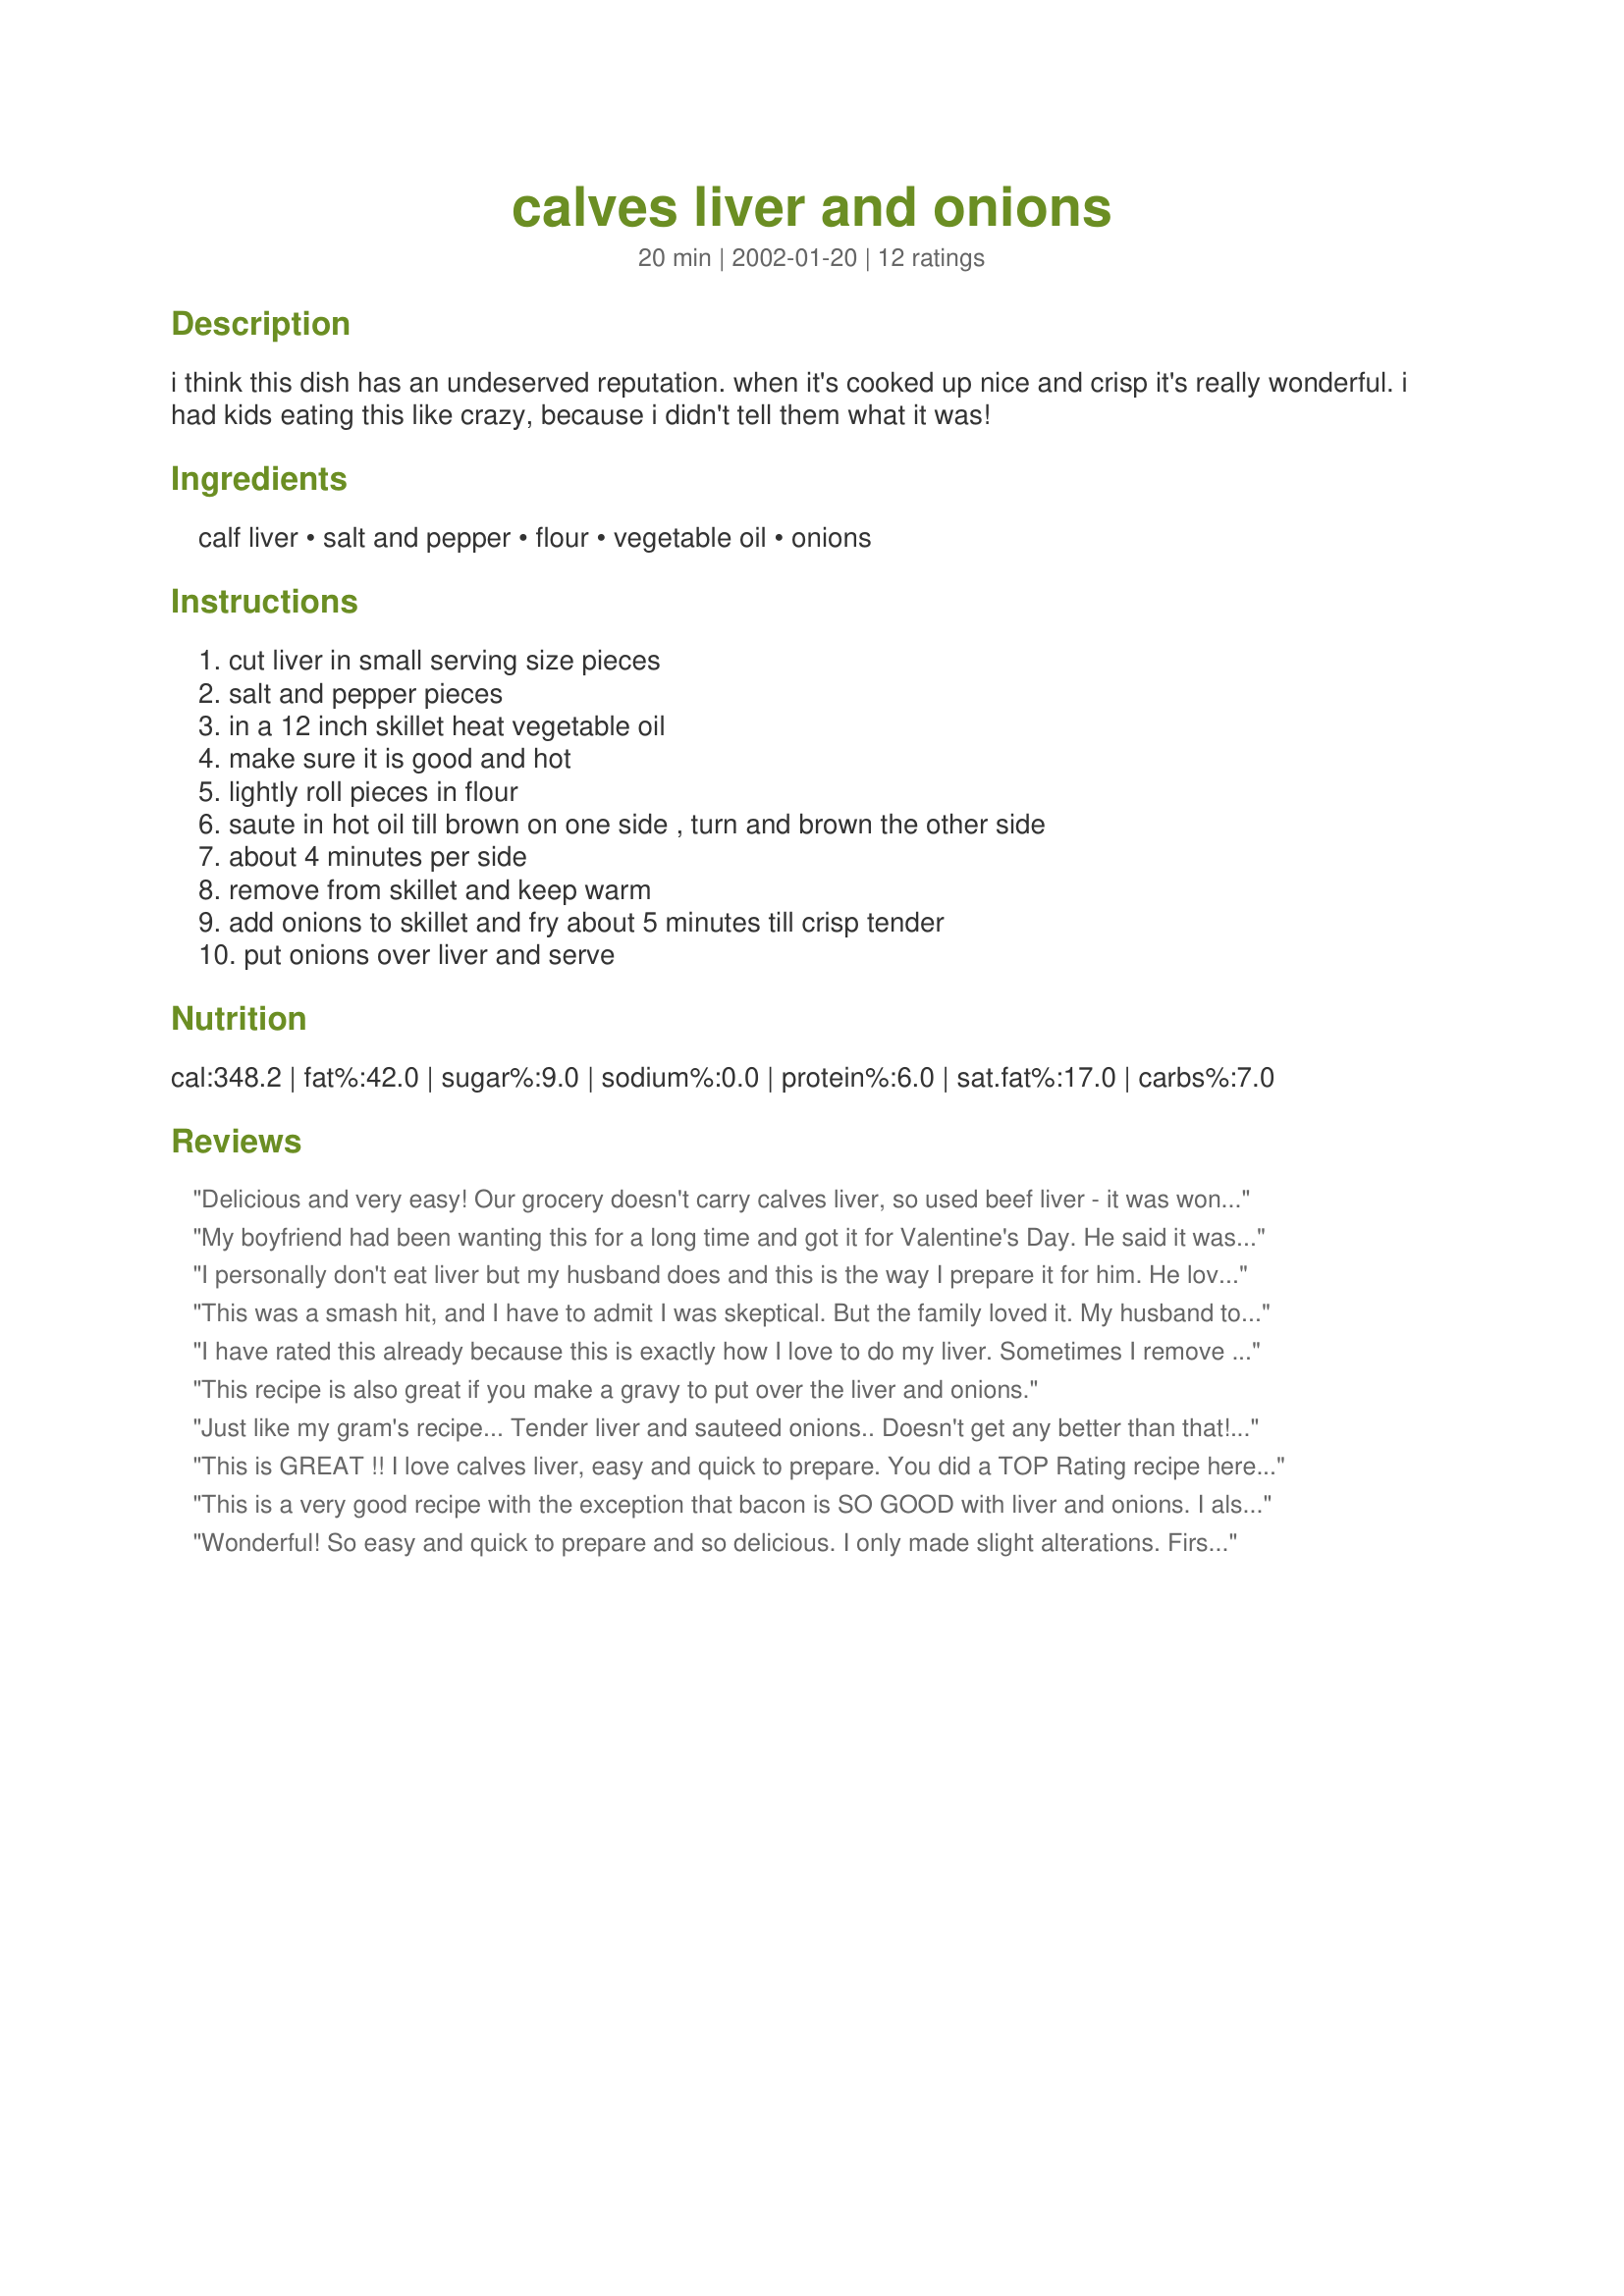
calves liver and onions
Preparation time: 20 minutes

i think this dish has an undeserved reputation. when it's cooked up nice and crisp it's really wonderful. i had kids eating this like crazy, because i didn't tell them what it was!

Ingredients:
calf liver, salt and pepper, flour, vegetable oil, onions

Steps:
cut liver in small serving size pieces, salt and pepper pieces, in a 12 inch skillet heat vegetable oil, make sure it is good and hot, lightly roll pieces in flour, saute in hot oil till brown on one side , turn and brown the other side, about 4 minutes per side, remove from skillet and keep warm, add onions to skillet and fry about 5 minutes till crisp tender, put onions over liver and serve

Reviews:
Delicious and very easy! Our grocery doesn't carry calves liver, so used beef liver - it was wonderful. Also good now that the sweet Texas 1015 onions are in season!
My boyfriend had been wanting this for a long time and got it for Valentine's Day. He said it was better than he hoped! Thank you!
I personally don't eat liver but my husband does and this is the way I prepare it for him. He loves it.
This was a smash hit, and I have to admit I was skeptical. But the family loved it. My husband told me it was the best liver and onions he has ever had! High praise from a man who usally remarks "I'm choking it down, aren't I?" when asked if he is enjoying his dinner!
I have rated this already because this is exactly how I love to do my liver. Sometimes I remove the liver and quickly make a gravy with the onions and serve with mashed potatoes -I'm on my way to the store. Fellow liver lover check out the other liver recipes too on Zaar
3 Oct 08 Love this easy recipe I added some mushrooms and because I didn't use any amount of oil (just a spray of Mazola) for the last couple of minutes cooking I added 1 oz brandy in 1 oz water to the pan, covered it and 2 minutes Mmmmm
This recipe is also great if you make a gravy to put over the liver and onions.
Just like my gram's recipe... Tender liver and sauteed onions.. Doesn't get any better than that! I saute my onions in a separate pan, so they will be ready when the liver is nice and hot and just out of the pan. Served with mashed potatoes and stewed tomatoes, it's a comfort meal fit for a king. Oh yeah, and lots of ketchup on the side for dipping... Mmmmmmm Goot! Linda
This is GREAT !! I love calves liver, easy and quick to prepare. You did a TOP Rating recipe here. Mizz Nezz ? I did make a gravy, NO playing with my food this time! Got to go do the happy food dance!! Thank You!
This is a very good recipe with the exception that bacon is SO GOOD with liver and onions. I also simmer the liver in some beef broth; really makes it tender. With mashed potatoes is usually the way it is served in restaurants and the broth makes a good gravy.
Wonderful! So easy and quick to prepare and so delicious. I only made slight alterations. First I soaked the calves liver in milk - why - because my Mother said so - she's almost 90 and I'm not about to argue. I then followed your recipe. Besides the onions I added bacon like it has come served in some restaurants when I've ordered it out. I served it with creamed spinach and baked potatoes with butter, sour cream, bacon bits, and a little shredded cheese. I think calves liver gets a bum rap probably because the name prohibits people from trying it. It's great folks - give it a chance. Thanks for the recipe, now I can make it at home.
Great recipe .... but, wifey still refuses to eat liver no matter how prepared .. sighs ....
I LOVE this! I fried bacon slices first and used the grease from bacon instead of the vege oil (ok, so not so great for heart, but oh-so-tasty!) and soft-fried onions in grease BEFORE cookind liver in same grease. YUMMY!
